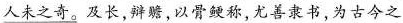
\underline{人未之奇。}及长，辩，以骨称，尤善隶书，为古今之